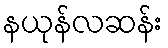
နယုန်လဆန်း